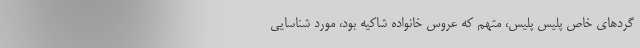
گردهای خاص پلیس پلیس، متهم که عروس خانواده شاکیه بود، مورد شناسایی